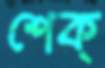
শেক্